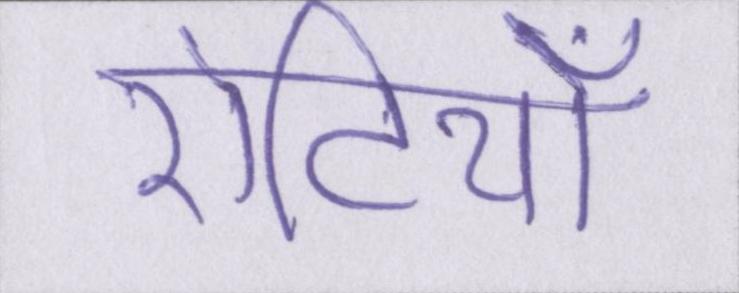
रोटियाँ